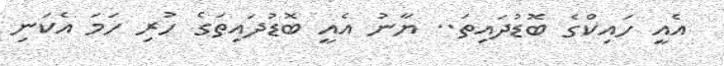
އެއީ ހައިކްގެ ބޮޑުދައިތަ.. ޔާނު އެއީ ބޮޑުދައިތަގެ ހުރި ހަމަ އެކަނި